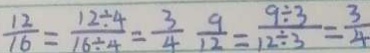
\frac { 1 2 } { 1 6 } = \frac { 1 2 \div 4 } { 1 6 \div 4 } = \frac { 3 } { 4 } \frac { 9 } { 1 2 } = \frac { 9 \div 3 } { 1 2 \div 3 } = \frac { 3 } { 4 }